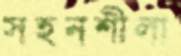
সহনশীলা